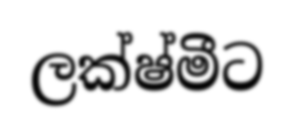
ලක්ෂ්මීට